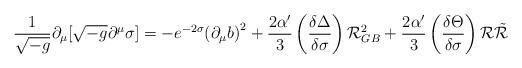
LaTeX: \begin{align*}{\frac {1} {\sqrt{-g}}} \partial_{\mu}[\sqrt{-g} \partial^{\mu} \sigma] =-e^{-2 \sigma}{({\partial} _{\mu} b)}^2 + {\frac{2 \alpha'} {3}}\left({\frac{\delta \Delta} {\delta\sigma}} \right) {\cal{R}}^2 _{GB} + {\frac {2 \alpha'}{3}} \left( {\frac {\delta \Theta} {\delta \sigma}}\right){\cal{R}}{\tilde{\cal{R}}}\\\end{align*}